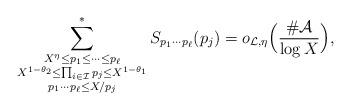
LaTeX: \begin{align*}\sum_{\substack{X^{\eta}\le p_1\le \dots\le p_\ell \\ X^{1-\theta_2}\le\prod_{i\in\mathcal{I}}p_j\le X^{1-\theta_1}\\ p_1\cdots p_\ell\le X/p_j}}^*S_{p_1\cdots p_\ell}(p_j)=o_{\mathcal{L},\eta}\Bigl(\frac{\#\mathcal{A}}{\log{X}}\Bigr),\end{align*}